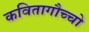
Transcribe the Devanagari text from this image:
कवितागौच्चो